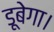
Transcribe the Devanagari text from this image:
डूबेगा।